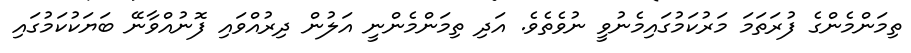
ތިމަންމެންގެ ފުރަތަމަ މަރުކަމުގައިމެނުވީ ނުވެތެވެ. އަދި ތިމަންމެންނީ އަލުން ދިރުއްވައި ފޮނުއްވާނޭ ބަޔަކުކަމުގައި